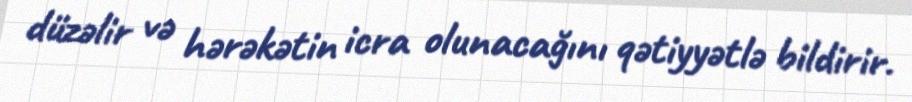
düzəlir və hərəkətin icra olunacağını qətiyyətlə bildirir.